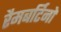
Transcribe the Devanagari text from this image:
रैमबर्टिनो